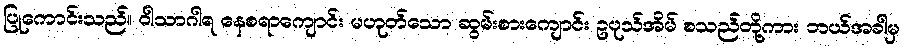
ပြုကောင်းသည်။ ဝါသာဂါရ နေစရာကျောင်း မဟုတ်သော ဆွမ်းစားကျောင်း ဥပုသ်အိမ် စသည်တို့ကား ဘယ်အခါမှ